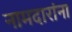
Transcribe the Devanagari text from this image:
नामदारांना